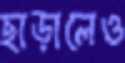
ছাড়ালেও